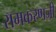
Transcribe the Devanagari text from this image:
रामकरणजी